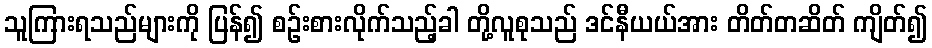
သူကြားရသည်များကို ပြန်၍ စဉ်းစားလိုက်သည့်ခါ တို့လူစုသည် ဒင်နီယယ်အား တိတ်တဆိတ် ကျိတ်၍